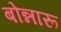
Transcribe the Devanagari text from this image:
बोन्नारू